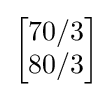
{\begin{bmatrix}70/3\\80/3\end{bmatrix}}